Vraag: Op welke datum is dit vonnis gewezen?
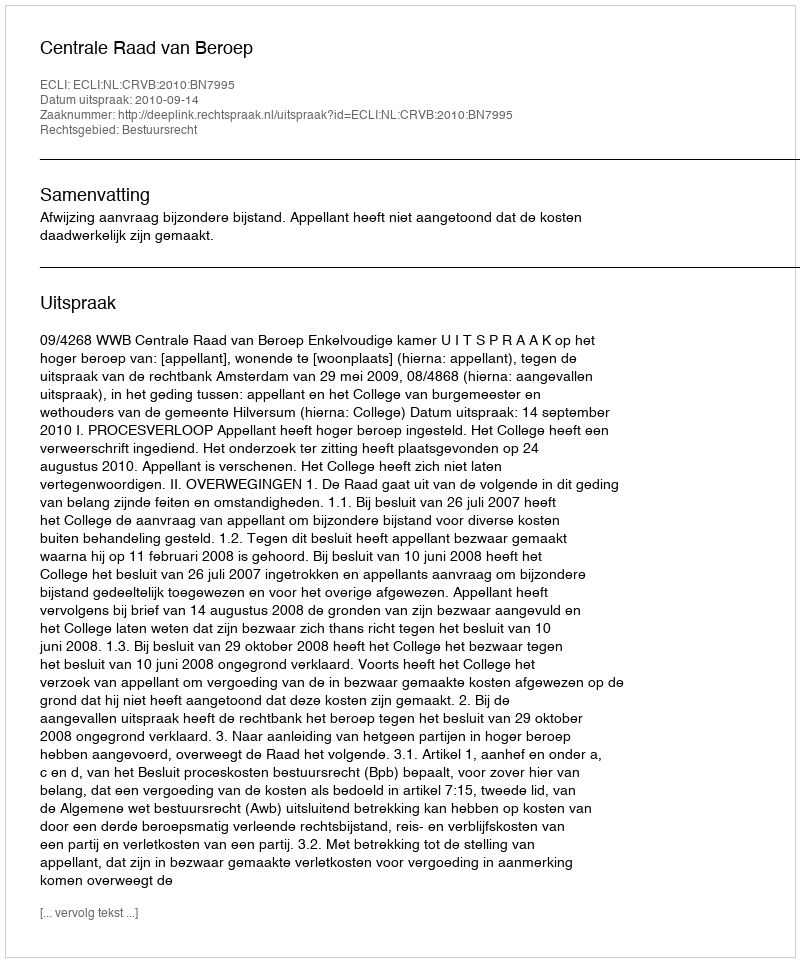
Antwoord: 2010-09-14